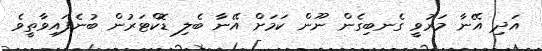
އަދި އޭނާ މަރުވީ ގެނބިގެން ނޫން ކަމަށް އޭނާ ބެލި ޑޮކްޓަރުން ބުނެފައިވާތީވެ